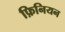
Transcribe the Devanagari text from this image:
फ़िनियन